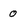
Character: 0